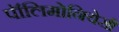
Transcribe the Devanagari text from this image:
पॉलिमोनियेसी